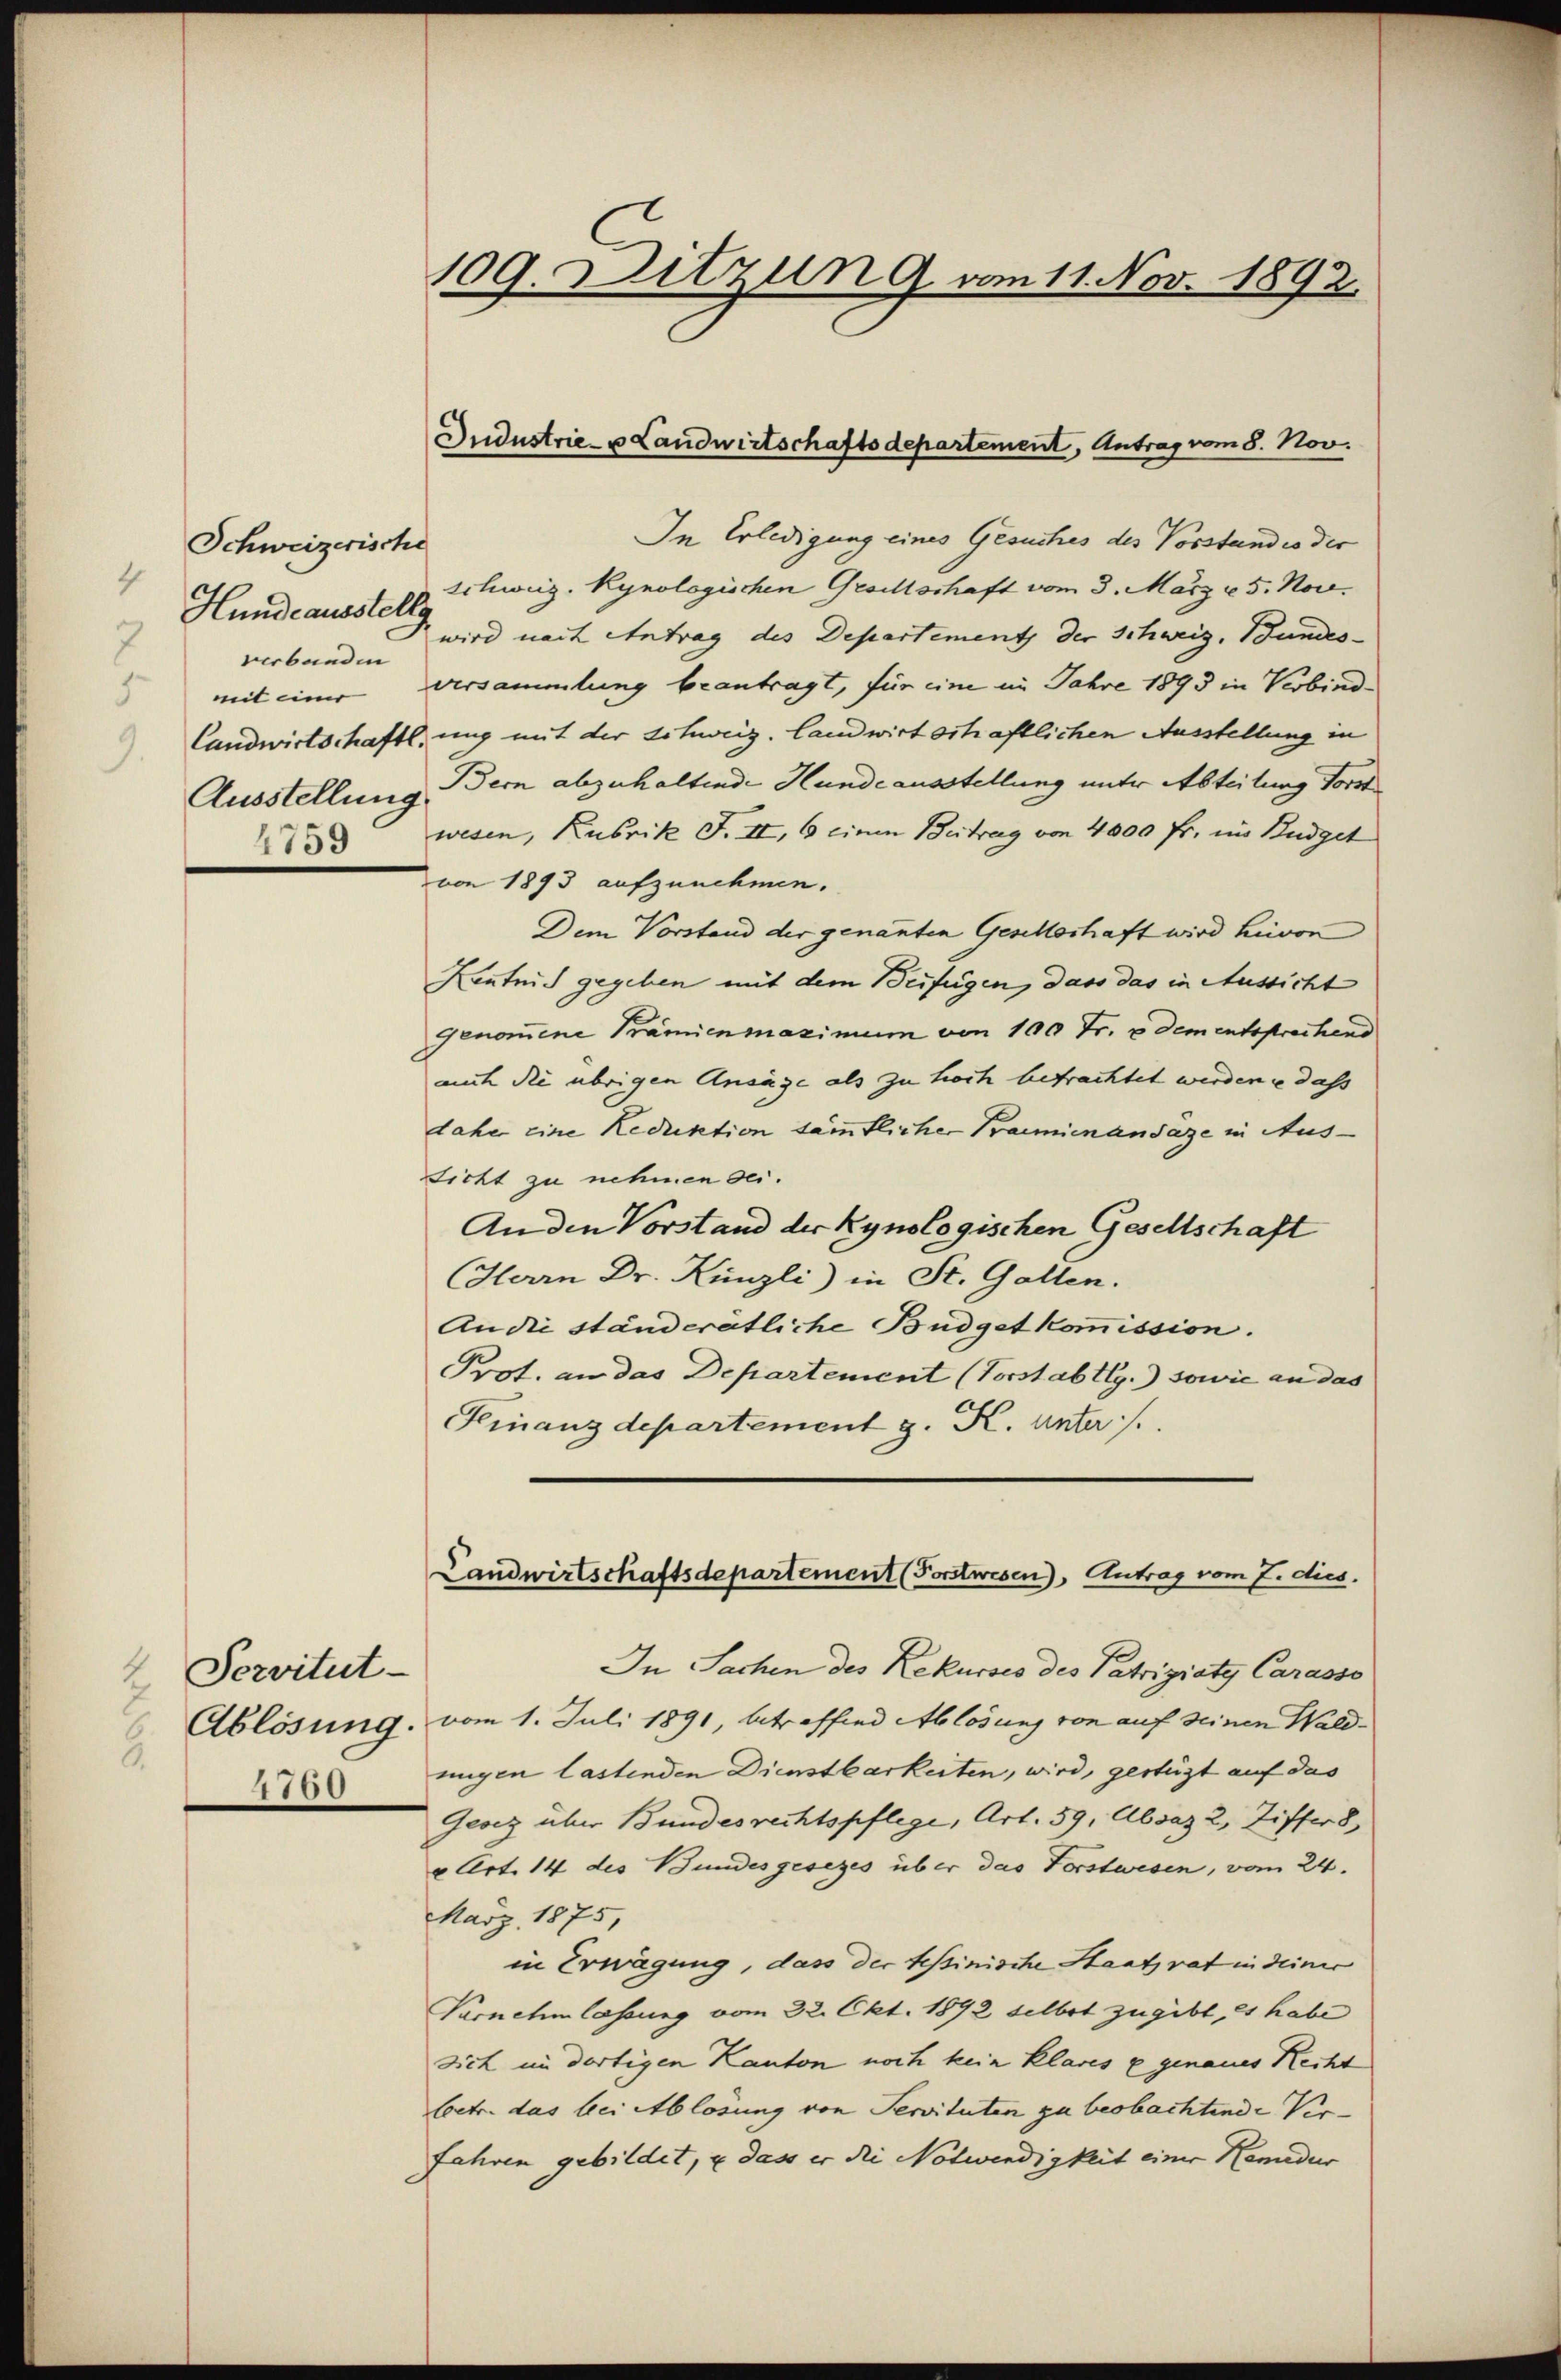
Schweizerische
Hundeausstellg
verbunden
5
mit einer

7

Servitut
.
.
1760

109. Ditzun 9 vom 11. Nov. 1892.

In Erledigung eines Gesuches des Vorstandio der
schweiz. Kynologischen Gesellschaft vom 3. März v. 5. Nov.
wird nach Antrag des Departement der Schweiz. Bundes-
versammlung beantragt, für eine in Jahre 1893 in Verbind
Landwirtschaftlung mit der Schweiz. Landwirtschaftlichen Ausstellung in
Ausstellung Bern abzuhaltende Hunde ausstellung unter Abteilung forst
33 wesen, Rubrik F. II, 6 einen Beitrag von 4000 fr. in Budget
von 1893 aufzunehmen.
Dem Vorstand der genannten Geschloshaft wird hievon
Kentnis gegeben mit dem Beifügen, dass das in Aussicht
genommene Prämienmaximum von 100 Fr. & dem entsprachend
auch die übrigen Ansage als zu hoch befrachtet werden u dass
daher eine Reduktion sämmtlicher Kaminansäze in Aus-
Licht zu nehmen sei.
An den Vorstand der Kynologischen Gesellschaft
Herrn Dr. Künzli) in St. Gallen.
An die ständerätliche Budgetkommission.
Prot. an das Departement (Vorstabtlg.) sowie an das
Finanzdepartement g. K. unter /.

Gudustrie- u Landwirtschaftsdepartement, Antrag vom 8. Nov.

Landwirtschaftsdepartement (Forstwesen), Antrag vom 7. dies

In Sachen des Rekurses des Patriziate Carasso
Ablösung, vom 1. Juli 1891, betreffend Ablösung von auf seinen Waldungen lastenden Dienstbarkeiten, wird, gestüzt auf das
Gesez über Bundesrechtspflege, Art. 59, Absaz 2, Ziffer 8
u Art. 14 des Bundesgesezes über das Forstwesen, vom 24.
März 1875,
in Erwägung, dass der tessinische Staatsrat in deiner
Vornehmlassung vom 22. Okt. 1892 selbst zugibt, es habe
sich im dortigen Kanton noch kein klares u genaues Recht
betr. das bei Ablösung von Servituten zu beobachtende Ver-
fahren gebildet, u dass er die Notwendigkeit einer Hemedur